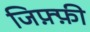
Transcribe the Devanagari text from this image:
जिफ़्फ़ी